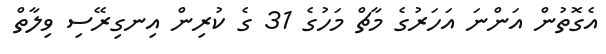
އެގޮތުން އަންނަ އަހަރުގެ މާޗް މަހުގެ 31 ގެ ކުރިން އިނގިރޭސި ވިލާތް